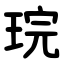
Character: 琓